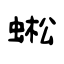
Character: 蜙